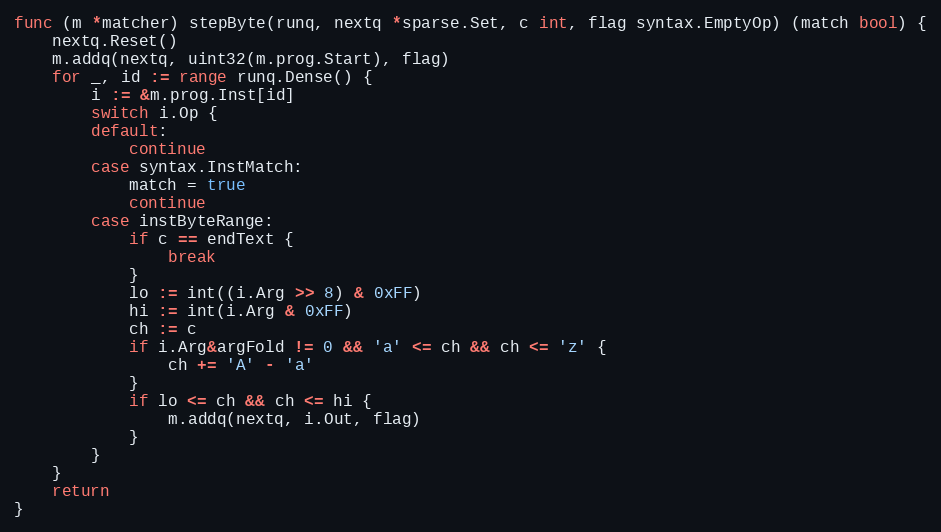
Language: Go
func (m *matcher) stepByte(runq, nextq *sparse.Set, c int, flag syntax.EmptyOp) (match bool) {
	nextq.Reset()
	m.addq(nextq, uint32(m.prog.Start), flag)
	for _, id := range runq.Dense() {
		i := &m.prog.Inst[id]
		switch i.Op {
		default:
			continue
		case syntax.InstMatch:
			match = true
			continue
		case instByteRange:
			if c == endText {
				break
			}
			lo := int((i.Arg >> 8) & 0xFF)
			hi := int(i.Arg & 0xFF)
			ch := c
			if i.Arg&argFold != 0 && 'a' <= ch && ch <= 'z' {
				ch += 'A' - 'a'
			}
			if lo <= ch && ch <= hi {
				m.addq(nextq, i.Out, flag)
			}
		}
	}
	return
}